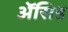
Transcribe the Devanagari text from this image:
ॲेसिड